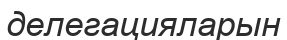
делегацияларын